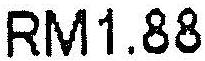
RM1.88